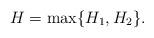
LaTeX: \begin{align*}H=\max\{H_1,H_2\}.\end{align*}